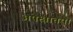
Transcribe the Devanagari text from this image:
अपेक्षातया